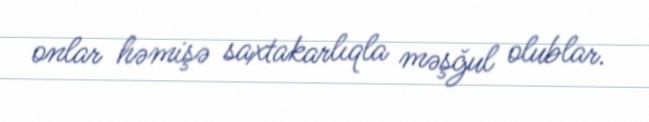
onlar həmişə saxtakarlıqla məşğul olublar.